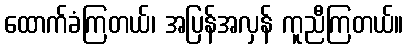
ထောက်ခံကြတယ်၊ အပြန်အလှန် ကူညီကြတယ်။